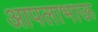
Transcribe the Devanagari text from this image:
आपलाभाऊ